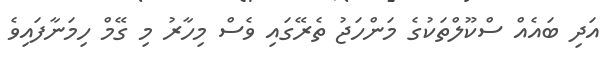
އަދި ބައެއް ސްކޫލްތަކުގެ މަންހަޖު ތެރޭގައި ވެސް މިހާރު މި ގޭމް ހިމަނާފައިވެ